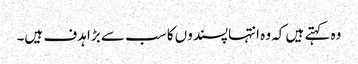
وہ کہتے ہیں کہ وہ انتہاپسندوں کا سب سے بڑا ہدف ہیں۔